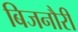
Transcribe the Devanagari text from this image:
बिजनौरी